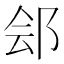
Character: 郐